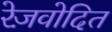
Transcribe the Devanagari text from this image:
रेज़वोदित